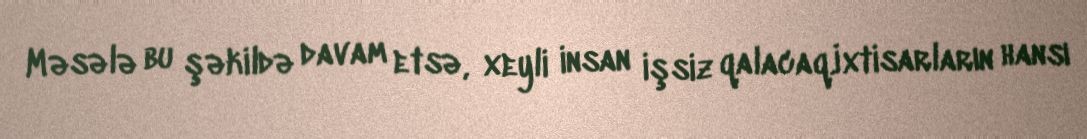
Məsələ bu şəkildə davam etsə, xeyli insan işsiz qalacaq.İxtisarların hansı